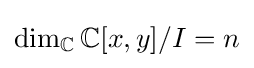
\dim _{\mathbb {C} }\mathbb {C} [x,y]/I=n